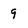
Character: 9